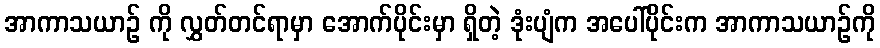
အာကာသယာဉ် ကို လွှတ်တင်ရာမှာ အောက်ပိုင်းမှာ ရှိတဲ့ ဒုံးပျံက အပေါ်ပိုင်းက အာကာသယာဉ်ကို